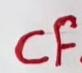
cf